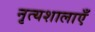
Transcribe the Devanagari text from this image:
नृत्यशालाएँ